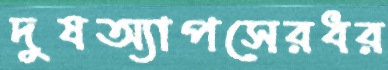
দুষঅ্যাপসেরধর